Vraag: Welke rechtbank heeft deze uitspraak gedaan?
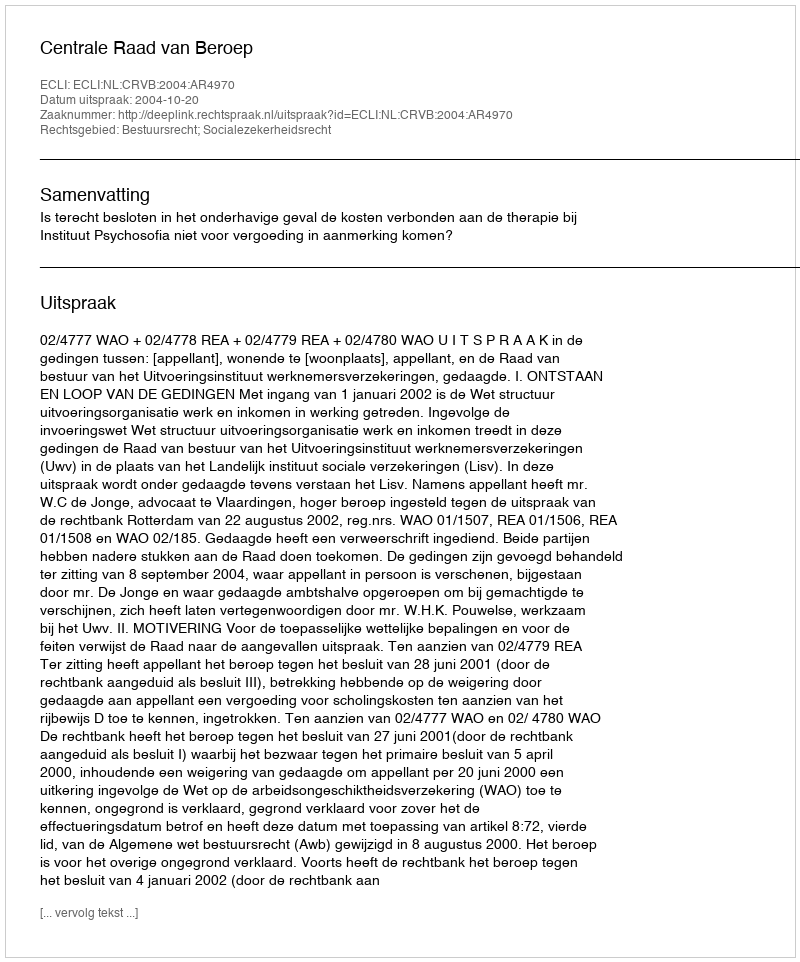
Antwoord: Centrale Raad van Beroep